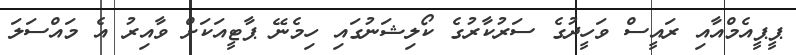
ޕީޕީއެމްއާއި ރައީސް ވަހީދުގެ ސަރުކާރުގެ ކޯލިޝަނުގައި ހިމެނޭ ޕާޓީއަކަށް ވާއިރު އެ މައްސަލަ